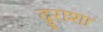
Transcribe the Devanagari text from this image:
दुराशा